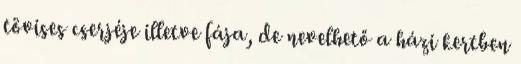
tövises cserjéje illetve fája, de nevelhető a házi kertben